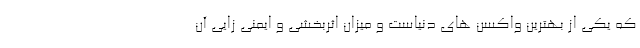
که یکی از بهترین واکسن های دنیاست و میزان اثربخشی و ایمنی زایی آن